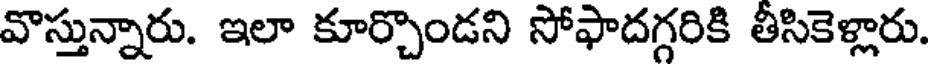
వొస్తున్నారు. ఇలా కూర్చొండని సోఫాదగ్గరికి తీసికెళ్లారు.